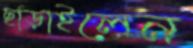
ছাড়াইলেন